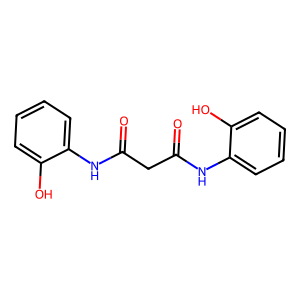
SMILES: O=C(CC(=O)Nc1ccccc1O)Nc1ccccc1O
Inhibits HIV replication: No